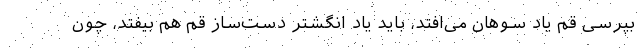
بپرسی قم یاد سوهان می‌افتد، باید یاد انگشتر دست‌ساز قم هم بیفتد، چون